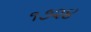
૧૭૨૪